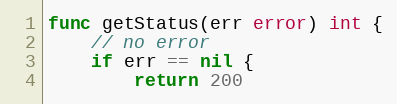
Language: Go
func getStatus(err error) int {
	// no error
	if err == nil {
		return 200